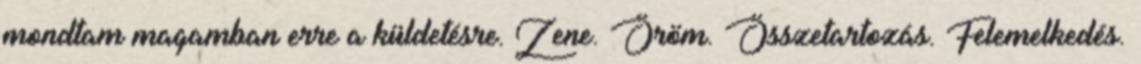
mondtam magamban erre a küldetésre. Zene. Öröm. Összetartozás. Felemelkedés.